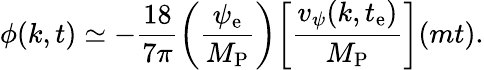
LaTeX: \phi(k,t)\simeq-\frac{18}{7\pi}\biggl(\frac{\psi_{\mathrm{e}}}{M_{\mathrm{P}}}\biggr)\biggl[\frac{v_{\psi}(k,t_{\mathrm{e}})}{M_{\mathrm{P}}}\biggr](mt).